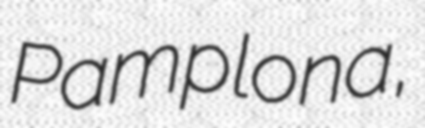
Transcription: Pamplona,